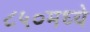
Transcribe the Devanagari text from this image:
८५०मध्ये